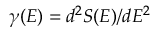
\gamma ( E ) = d ^ { 2 } S ( E ) / d E ^ { 2 }